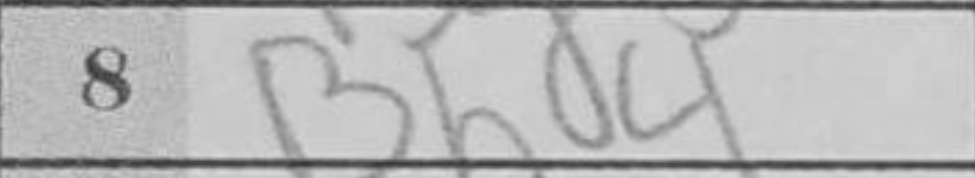
Transcription: Bhd4